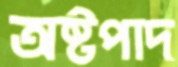
অষ্টপাদ